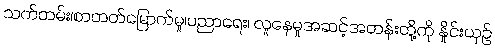
သက်တမ်း၊စာတတ်မြောက်မှု၊ပညာရေး၊ လူနေမှုအဆင့်အတန်းတို့ကို နှိုင်းယှဉ်